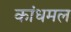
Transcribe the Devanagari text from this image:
कांधमल